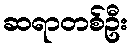
ဆရာတစ်ဦး